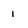
Character: 1